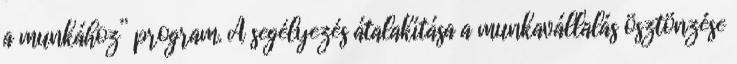
a munkához” program. A segélyezés átalakítása a munkavállalás ösztönzése